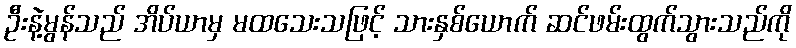
ဦးနဲ့မွန်သည် အိပ်ယာမှ မထသေးသဖြင့် သားနှစ်ယောက် ဆင်ဖမ်းထွက်သွားသည်ကို